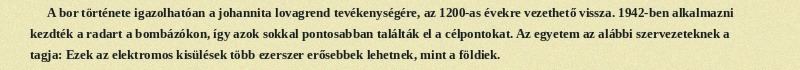
A bor története igazolhatóan a johannita lovagrend tevékenységére, az 1200-as évekre vezethető vissza. 1942-ben alkalmazni kezdték a radart a bombázókon, így azok sokkal pontosabban találták el a célpontokat. Az egyetem az alábbi szervezeteknek a tagja: Ezek az elektromos kisülések több ezerszer erősebbek lehetnek, mint a földiek.